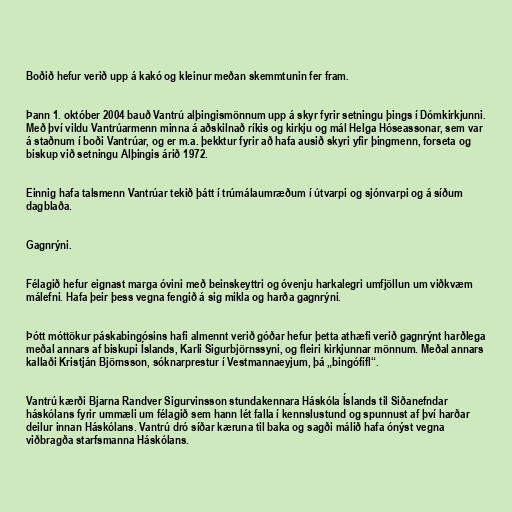
Boðið hefur verið upp á kakó og kleinur meðan skemmtunin fer fram.

Þann 1. október 2004 bauð Vantrú alþingismönnum upp á skyr fyrir setningu þings í Dómkirkjunni.
Með því vildu Vantrúarmenn minna á aðskilnað ríkis og kirkju og mál Helga Hóseassonar, sem var
á staðnum í boði Vantrúar, og er m.a. þekktur fyrir að hafa ausið skyri yfir þingmenn, forseta og
biskup við setningu Alþingis árið 1972.

Einnig hafa talsmenn Vantrúar tekið þátt í trúmálaumræðum í útvarpi og sjónvarpi og á síðum
dagblaða.

Gagnrýni.

Félagið hefur eignast marga óvini með beinskeyttri og óvenju harkalegri umfjöllun um viðkvæm
málefni. Hafa þeir þess vegna fengið á sig mikla og harða gagnrýni.

Þótt móttökur páskabingósins hafi almennt verið góðar hefur þetta athæfi verið gagnrýnt harðlega
meðal annars af biskupi Íslands, Karli Sigurbjörnssyni, og fleiri kirkjunnar mönnum. Meðal annars
kallaði Kristján Björnsson, sóknarprestur í Vestmannaeyjum, þá „bingófífl“.

Vantrú kærði Bjarna Randver Sigurvinsson stundakennara Háskóla Íslands til Siðanefndar
háskólans fyrir ummæli um félagið sem hann lét falla í kennslustund og spunnust af því harðar
deilur innan Háskólans. Vantrú dró síðar kæruna til baka og sagði málið hafa ónýst vegna
viðbragða starfsmanna Háskólans.